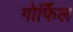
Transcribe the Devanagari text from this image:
गोर्फिल